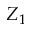
Z _ { 1 }